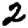
Digit: 2